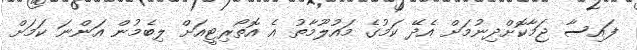
ފައިސާ ޖަމާކޮށްދިނުމަށް އެދޭ ކަމުގެ މައުލޫމާތު އެ އޮތޯރިޓީއަށް ލިބެމުން އަންނަ ކަމަށް